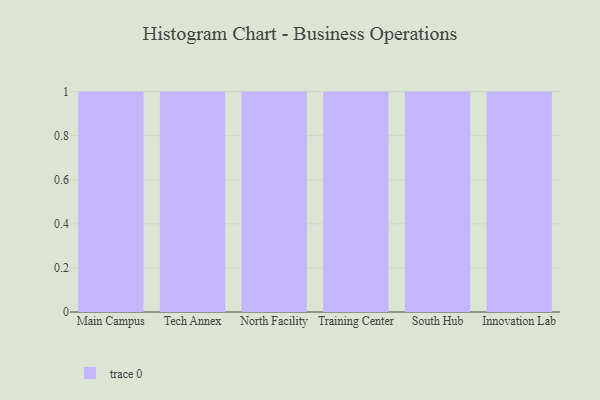
{"axis": {"x": "Campus", "y": "LTV (USD)"}, "legend": [""], "data": [{"x": "Main Campus", "y": 84, "type": ""}, {"x": "Tech Annex", "y": 97, "type": ""}, {"x": "North Facility", "y": 23, "type": ""}, {"x": "Training Center", "y": 41, "type": ""}, {"x": "South Hub", "y": 10, "type": ""}, {"x": "Innovation Lab", "y": 37, "type": ""}]}